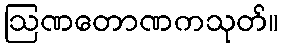
ဩဏတောဏကသုတ်။